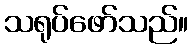
သရုပ်ဖော်သည်။